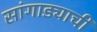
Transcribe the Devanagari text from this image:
सांगाड्याची